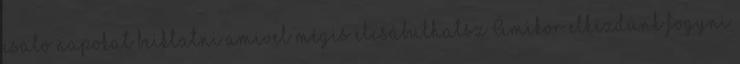
csaló napokat beiktatni amivel mégis elcsábulhatsz Amikor elkezdünk fogyni